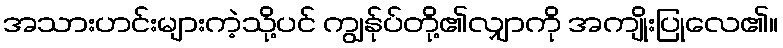
အသားဟင်းများကဲ့သို့ပင် ကျွန်ုပ်တို့၏လျှာကို အကျိုးပြုလေ၏။